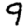
Digit: 9